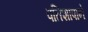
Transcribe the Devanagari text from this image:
पतिशापाने